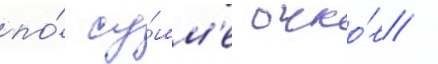
по́ су́мм'е очко́в /